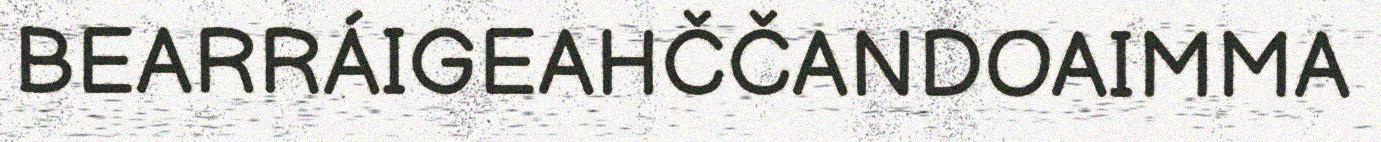
BEARRÁIGEAHČČANDOAIMMA